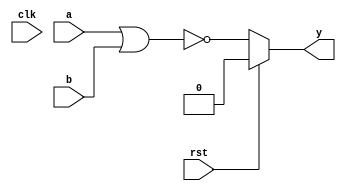
`timescale 1ns/1ps
`default_nettype none

module nor_2(y, a, b, rst, clk);
    parameter delay = 9;
    parameter iv = 1'b0;
    input wire a, b, rst, clk;

`ifdef TARGET_FPGA
    output reg y = iv;
    reg next_val = iv;
    reg prev_val = iv;
    wire result;
    
    assign result = ~(a|b);

    always @(posedge clk)
    begin
        prev_val = y;
        y = next_val;
    end

    always @(negedge clk)
    begin
        next_val = ((result == prev_val) && (y == iv)) ? iv : result;
    end
`else
    output wire y;
    assign #delay y = (rst) ? iv : ~(a|b);
`endif
endmodule